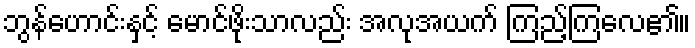
ဘွန်ဟောင်းနှင့် မောင်ဖိုးသာလည်း အလုအယက် ကြည့်ကြလေ၏။